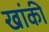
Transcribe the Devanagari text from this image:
खांकी